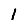
Digit: 1